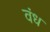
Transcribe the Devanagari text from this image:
वंध